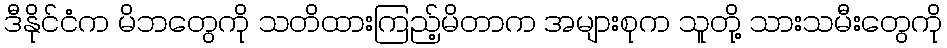
ဒီနိုင်ငံက မိဘတွေကို သတိထားကြည့်မိတာက အများစုက သူတို့ သားသမီးတွေကို